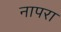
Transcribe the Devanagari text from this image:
नापरा